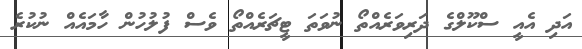
އަދި އެއީ ސްކޫލްގެ ދަރިވަރެއްތޯ ނުވަތަ ޓީޗަރެއްތޯ ވެސް ފުލުހުން ހާމައެއް ނުކުރެ